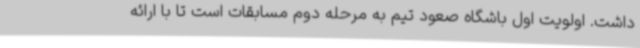
داشت. اولویت اول باشگاه صعود تیم به مرحله دوم مسابقات است تا با ارائه